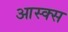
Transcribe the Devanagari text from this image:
आस्क्स